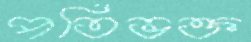
পতিভক্ত